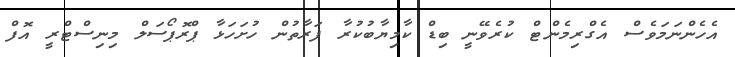
އެހެންނަމަވެސް އެގްރިމެންޓް ކުރެވޭނީ ބިޑް ކާމިޔާބުކުރާ ފަރާތުން ހުށަހަޅާ ޕްރޮޕޯސަލް މިނިސްޓްރީ އޮފް